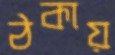
ঠকায়